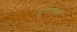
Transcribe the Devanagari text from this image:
पुरातत्वों